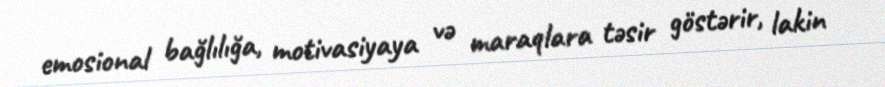
emosional bağlılığa, motivasiyaya və maraqlara təsir göstərir, lakin